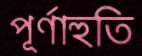
পূর্ণাহুতি